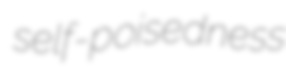
self-poisedness